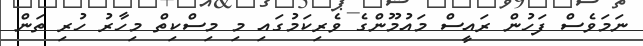
ނަމަވެސް ފަހުން ރައީސް މައުމޫންގެ ވެރިކަމުގައި މި މިސްކިތް މިހާރު ހުރި ތަން